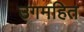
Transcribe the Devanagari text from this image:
उगमहित